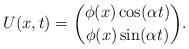
LaTeX: \begin{align*}U(x,t)={\phi(x)\cos(\alpha t)\choose \phi(x)\sin(\alpha t)}.\end{align*}